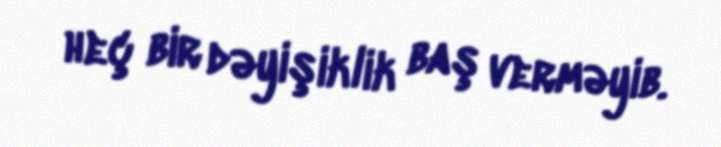
heç bir dəyişiklik baş verməyib.